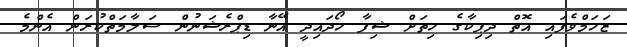
ޒަހަމްވެފައި އޮތް ދިޕިކާގެ ހިތަށް ޝިފާ ހޯދައިދީ އޭނާ ޑިޕްރެޝަނުން ސަލާމަތްކުރަން އެންމެ